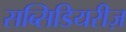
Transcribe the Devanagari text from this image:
सब्सिडियरीज़